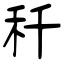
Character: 秆